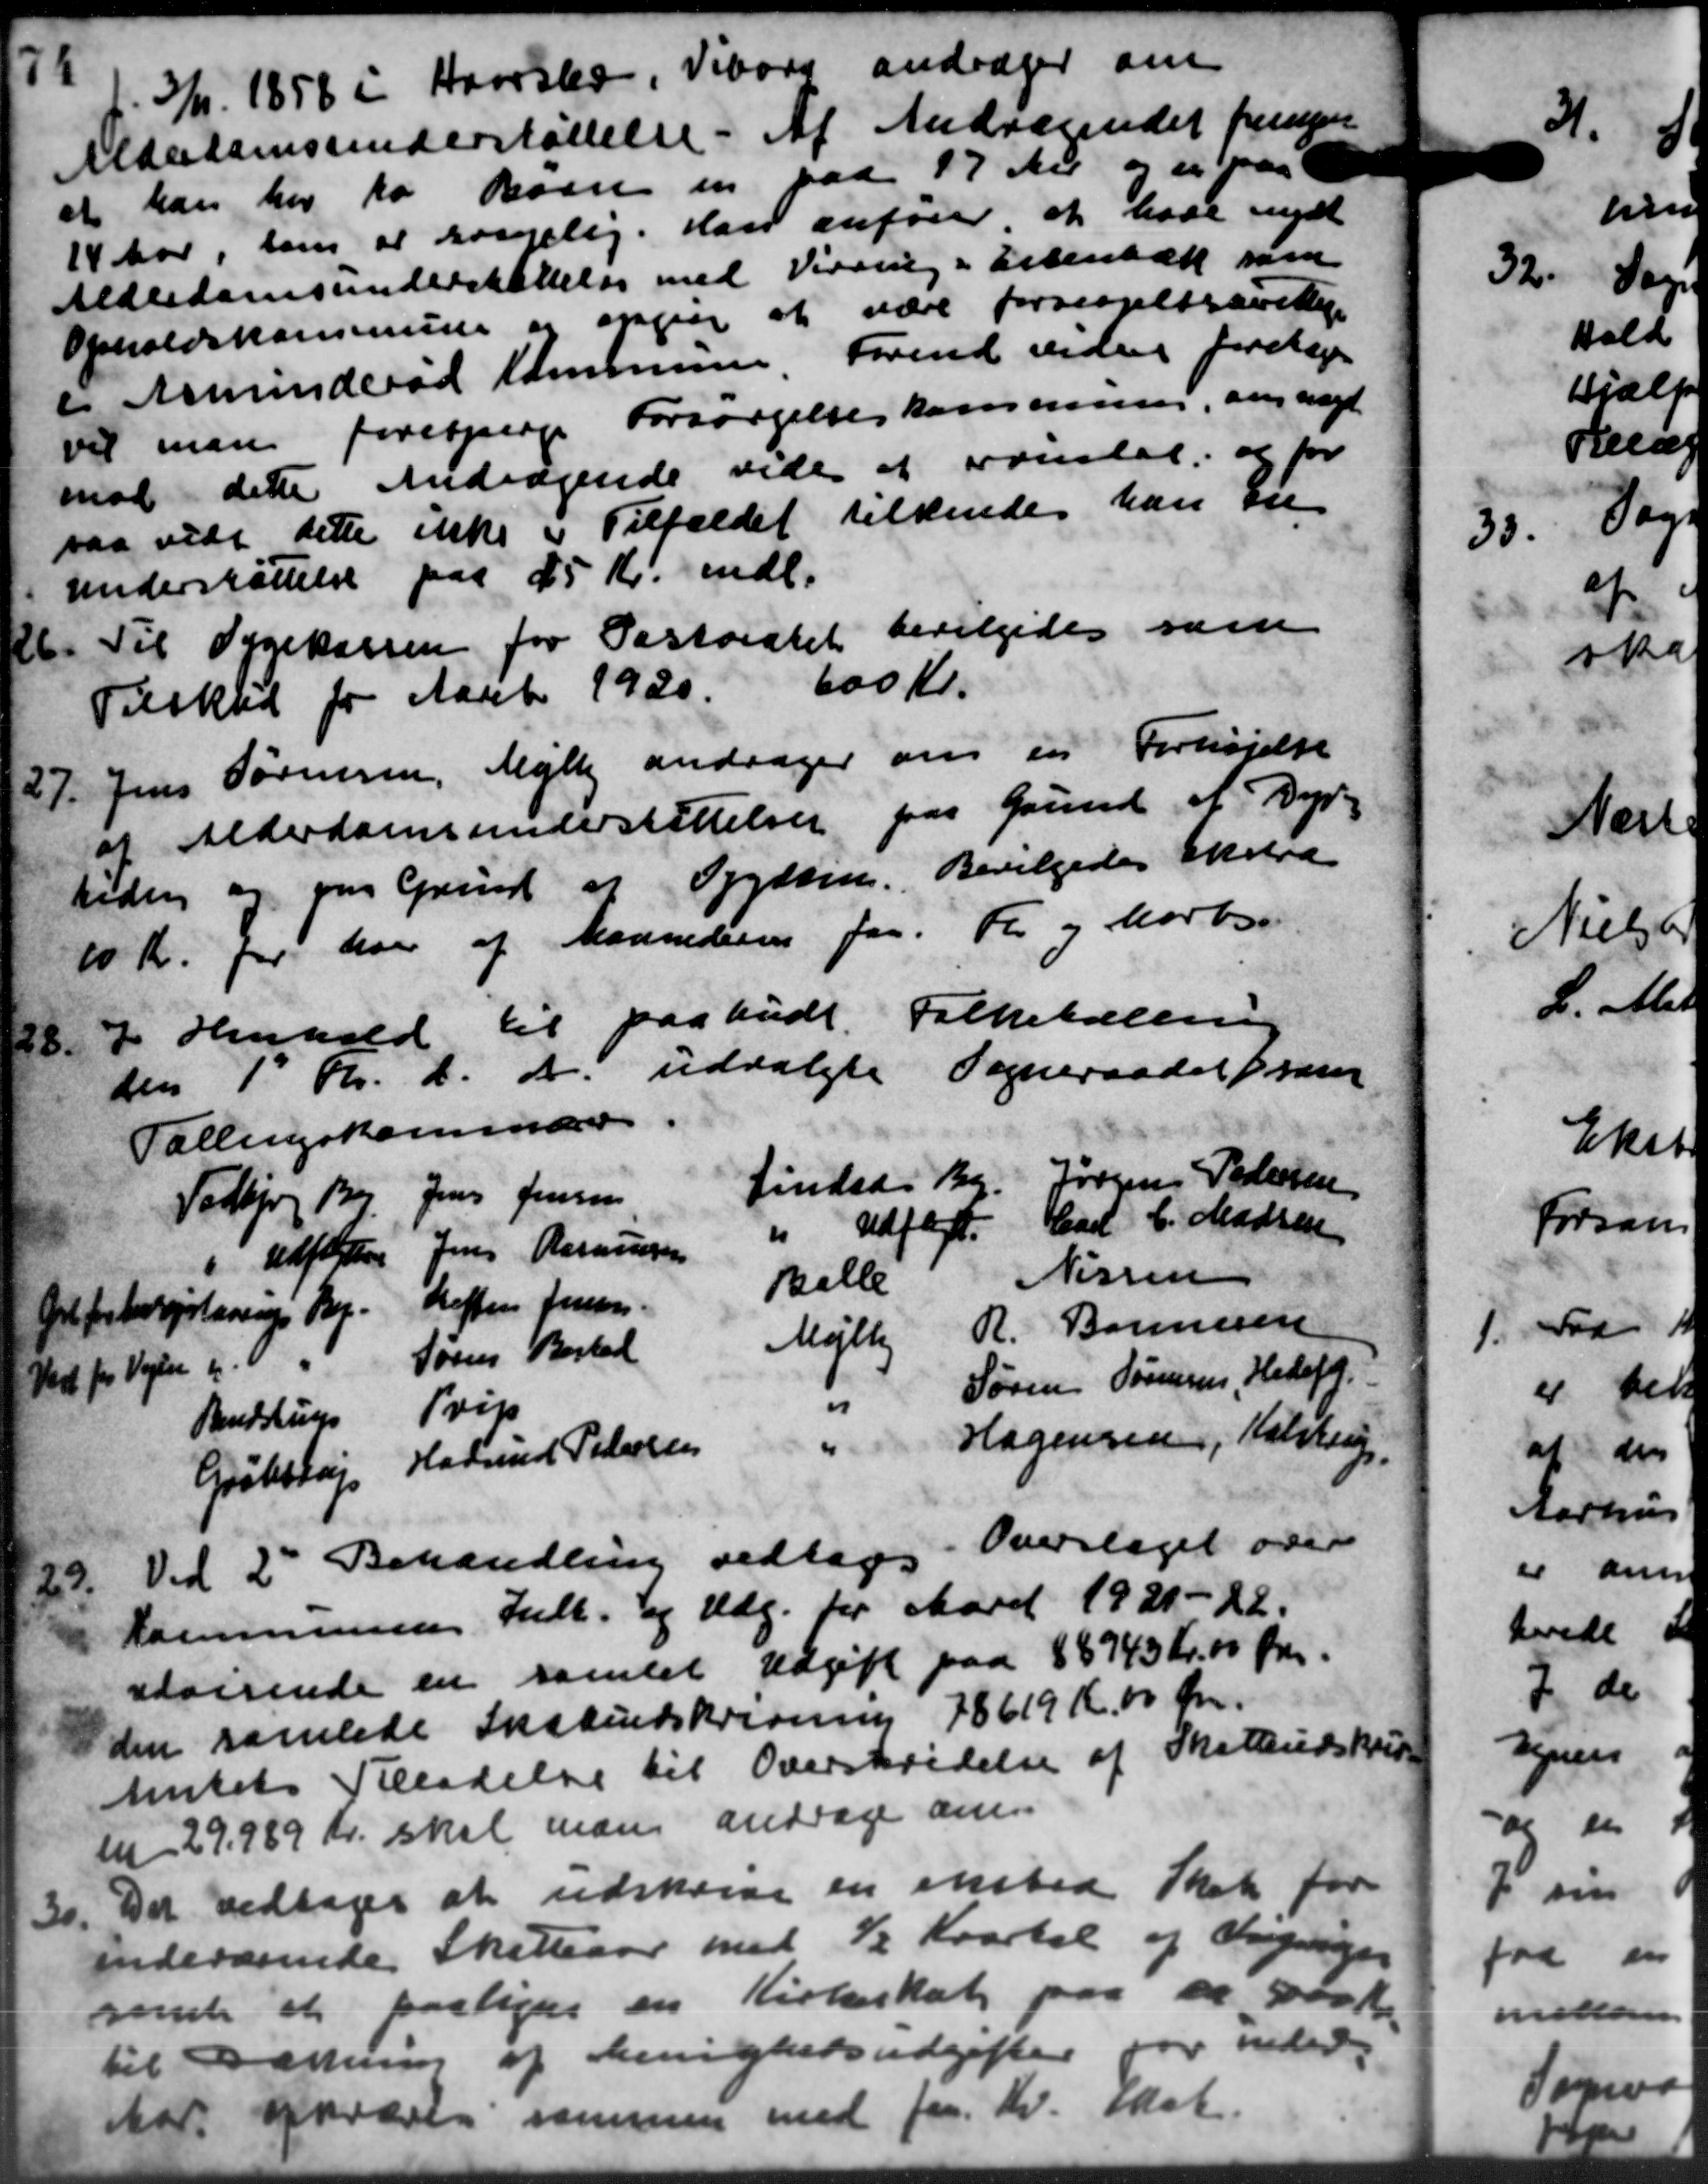
Transskription:
3/1 1858 i Haarslev, Viborg andrager om
Alderdomsunderstøttelse. Af Andragendet fremgaa
at han her to Barn en paa 17 di og er paa
14 Aar, som at kongelig. Han anfører at have nydt
Alderdomsunderstøttelse med Virring i Erterbæk som
Opholdskommune er opper at være forsørgelsesrettige
i Asminderød Kommune Forind videre foretoges
vil man forespørge Forsørgelseskommune, ang nægt
mod dette Andragende vede at ovenstal og for
saa vidt dette ikke i Tilfældet tilkende han en
Understøttelse paa 25 Kr. mdl.
26. Til Sygekassen for Pastoratet bevilgedes som
26. Til Sygekassen for Pastoratet bevilgedes som
Tilskud for Aaret 1920.
600 Kr.
27. Jens Sørensen, Mejlby andrager om en Forhøjelse
27. Jens Sørensen, Mejlby andrager om en Forhøjelse
af Alderdomsunderstøttelser paa Grund af Dyr-
tiden og paa Grund og Sygdom. Bevilgedes Ekstra
10 Kr. for den af Maanederen faa Kr og Morte
I Henhold til paabudt Folketælling
28.
den 1 Kr. d. A. udvalgte Sogneraadet frem
Tællingskommune
findede By. Jørgens Pedersen
Jens Jensen
Todbjerg Br
Udført. Carl C. Madsen
"
Jens Rasmussen
uffersen
"
Nissen
Balle
Hoften Jensen.
Ølfsborgslærings By.
R. Bonnesen
Mejlby
Sørens Bestad
Vest for Vejen og
Søren Sørensen, Hedafg.
"
Trip
Rendstrup
Hagensen, Kalstrup.
Hadnud Petersen
Grøbsløj
29.
Ved 2' Behandling vedtoges i Overslaget over
Kommunens Ill. og Udg. for Aaret 1921-22.
udvisende en samlet Udgift paa 85743 Kr. 00 Øre.
den samlede Skabindskrivning 78619 Kr.00 Kr.
Amtets Tilladelse til Overskridelse af Skatteudskrive
en 29.989 Kr. skal man andrager an
30. Det vedtoges at udskærve en eksted Skat for
30. Det vedtoges at udskærve en eksted Skat for
indeværende Skatteaar med ½ Kvartal af Ingeninger
gamle at paalignes en Kirkeskat paa ca 500 Kr.
for inder
til Dattning af Menighedsudgifte
fan. Kv. skat.
Aar opkræves sammen med

fo
1
00
Sogne
fa